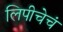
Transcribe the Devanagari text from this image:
लिपीचेचं